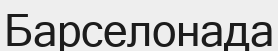
Барселонада